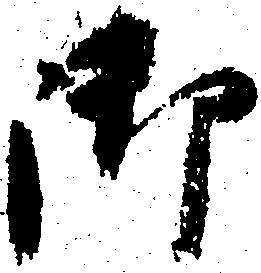
御